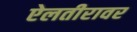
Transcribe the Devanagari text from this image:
ऐलतीरावर